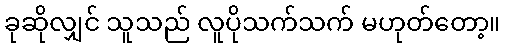
ခုဆိုလျှင် သူသည် လူပိုသက်သက် မဟုတ်တော့။